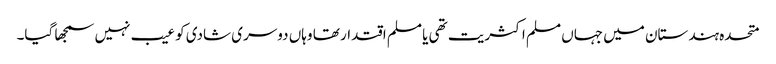
متحدہ ہندستان میں جہاں مسلم اکثریت تھی یا مسلم اقتدار تھا وہاں دوسری شادی کو عیب نہیں سمجھا گیا۔